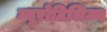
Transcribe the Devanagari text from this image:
न्यूरोटिसिज्म